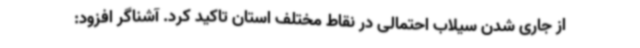
از جاری شدن سیلاب احتمالی در نقاط مختلف استان تاکید کرد. آشناگر افزود: